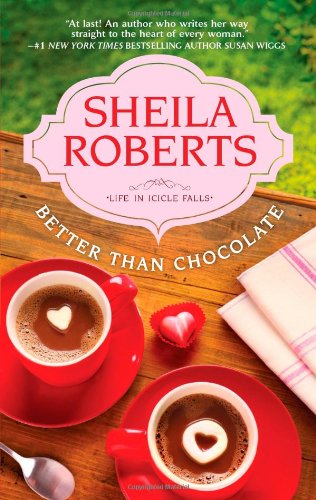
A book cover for Better Than Chocolate (Life in Icicle Falls); Sheila Roberts; Literature & Fiction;